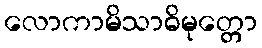
လောကာမိသာဓိမုတ္တော